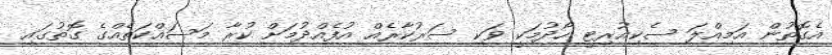
އެގޮތުން އަމިއްލަ ސެކިއުރިޓީ ހޯދުމަކީ ވަކި ސަރުކާރެއް އުފެއްދުމަށް ކުރާ މަސައްކަތެއްގެ ގޮތުގައި